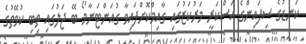
ކަނޑުގެ ސިފައިންގެ އަސްކަރީ މަރުކަޒުގައި ގާއިމްކޮށްފައިވާ ގުއަންޓަނާމޯ ބޭ ޖަލުގައި ތިބި ކުވޭތުގެ